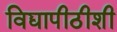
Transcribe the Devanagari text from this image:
विद्यापीठीशी